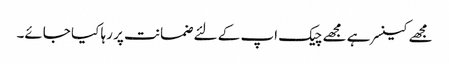
مجھے کینسر ہے مجھے چیک اپ کے لئے ضمانت پر رہا کیا جائے۔